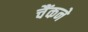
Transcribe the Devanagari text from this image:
चैंकने